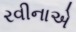
રવીનાએ